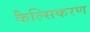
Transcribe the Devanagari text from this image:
कैल्सिकरण